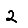
Digit: 2